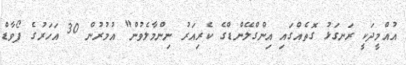
އުއްމީދަކީ ރަނގަޅު ގޮތެއްގައި އިންގްލޭންޑްގެ ކެރިއަރު ނިންމާލެވުން" އުމުރުން 30 އަހަރުގެ ފޯވާޑް